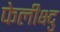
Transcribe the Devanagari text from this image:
फेलीक्ष्दु